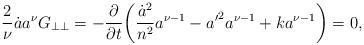
LaTeX: \begin{align*}\frac{2}{\nu}\dot{a}a^\nu G_{\perp\perp}=-\frac{\partial}{\partial t}\!\left(\frac{\dot{a}^2}{n^2}a^{\nu-1}-{a'}^2a^{\nu-1}+ka^{\nu-1}\right)=0,\end{align*}